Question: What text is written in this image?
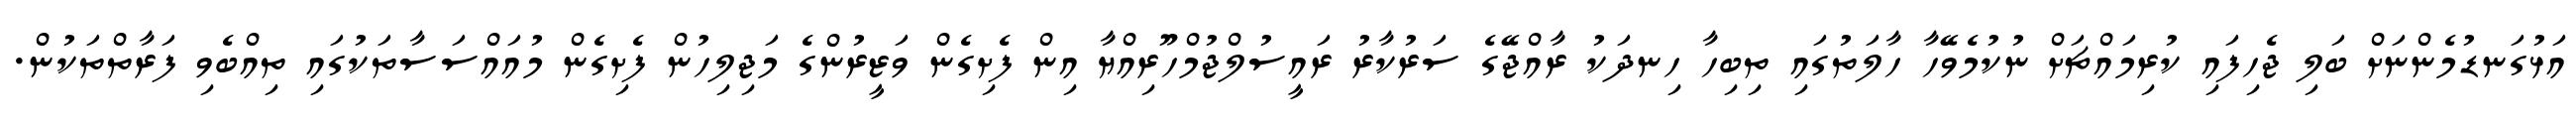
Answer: އަޅުގަނޑުމެންނަށް ބަލި ޖެހިފައި ކުރިމައްޗަށް ނުކުމެވޭހާ ހާލަތުގައި ތިބިހާ ހިނދަކު ރާއްޖޭގެ ސަރުކާރު ރައީސުލްޖުމްހޫރިއްޔާ އިން ފެށިގެން ވަޒީރުންގެ މަޖިލިހުން ފެށިގެން މުއައްސަސާތަކުގައި ތިއްބެވި ފަރާތްތަކުން.